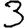
Digit: 3